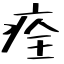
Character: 痊